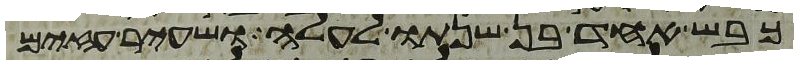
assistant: כבש אחד בן שנתו לעלה ושעיר עזים